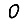
Digit: 0